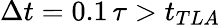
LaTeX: \Delta t=0.1\, \tau>t_{TLA}